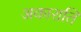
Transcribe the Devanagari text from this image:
अकाराति